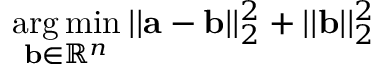
\begin{array} { r } { \underset { \mathbf { b } \in \mathbb { R } ^ { n } } { \mathrm { a r g } \, \mathrm { m i n } } \: | | \mathbf { a } - \mathbf { b } | | _ { 2 } ^ { 2 } + | | \mathbf { b } | | _ { 2 } ^ { 2 } } \end{array}